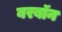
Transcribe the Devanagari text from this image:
बरबॉन